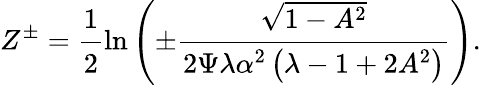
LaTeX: Z^{\pm}=\cfrac{1}{2}\ln\left(\pm\cfrac{\sqrt{1-A^{2}}}{2\Psi\lambda\alpha^{2}\left(\lambda-1+2A^{2}\right)}\right).